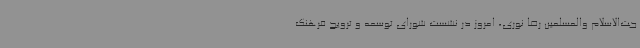
جت‌الاسلام والمسلمین رضا نوری، امروز در نشست شورای توسعه و ترویج فرهنگ